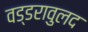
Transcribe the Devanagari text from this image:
वड्डरावुलद